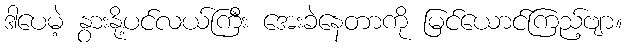
ဒါပေမဲ့ နွားနို့ပင်လယ်ကြီး အေးခဲနေတာကို မြင်ယောင်ကြည့်ဗျာ။